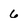
Character: 6